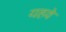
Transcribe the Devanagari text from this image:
यहवे